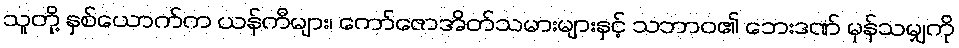
သူတို့ နှစ်ယောက်က ယန်ကီများ၊ ကော်ဇောအိတ်သမားများနှင့် သဘာဝ၏ ဘေးဒဏ် မှန်သမျှကို